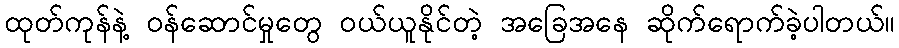
ထုတ်ကုန်နဲ့ ဝန်ဆောင်မှုတွေ ဝယ်ယူနိုင်တဲ့ အခြေအနေ ဆိုက်ရောက်ခဲ့ပါတယ်။